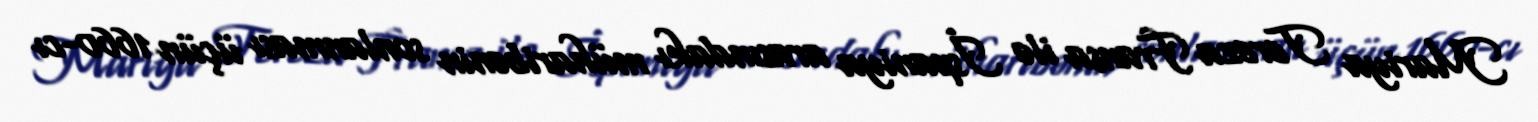
Mariya Tereza Fransa ilə İspaniya arasındakı müharibənin sonlanması üçün 1660-cı